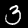
Label: 3